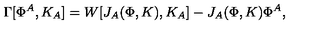
\Gamma [ \Phi ^ { A } , K _ { A } ] = W [ J _ { A } ( \Phi , K ) , K _ { A } ] - J _ { A } ( \Phi , K ) \Phi ^ { A } ,